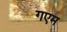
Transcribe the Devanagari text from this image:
गएम